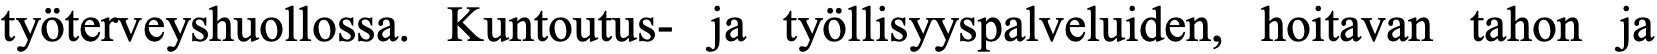
työterveyshuollossa. Kuntoutus- ja työllisyyspalveluiden, hoitavan tahon ja